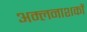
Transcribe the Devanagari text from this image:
अम्लनाशकों